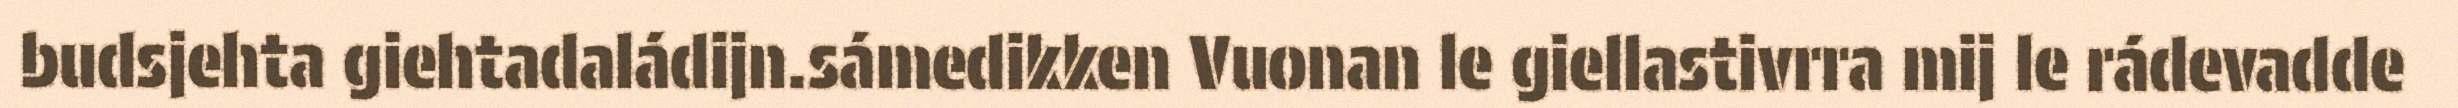
budsjehta giehtadaládijn.sámedikken Vuonan le giellastivrra mij le rádevadde